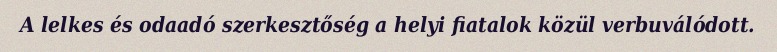
A lelkes és odaadó szerkesztőség a helyi fiatalok közül verbuválódott.